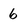
Character: 6